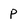
Character: p